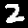
Label: 2